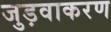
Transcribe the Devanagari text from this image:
जुड़वाकरण